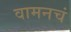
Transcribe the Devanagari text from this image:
वामनचं